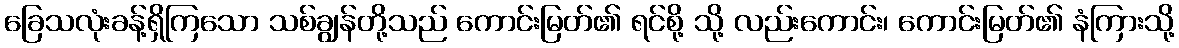
ခြေသလုံးခန့်ရှိကြသော သစ်ချွန်တို့သည် ကောင်းမြတ်၏ ရင်စို့ သို့ လည်းကောင်း၊ ကောင်းမြတ်၏ နံကြားသို့